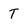
Character: T